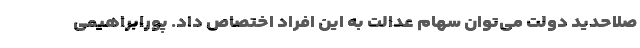
صلاحدید دولت می‌توان سهام عدالت به این افراد اختصاص داد. پورابراهیمی